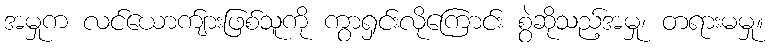
အမှုက လင်ယောက်ျားဖြစ်သူကို ကွာရှင်းလိုကြောင်း စွဲဆိုသည့်အမှု၊ တရားမမှု။